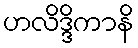
ဟလိဒ္ဒိကာနိ